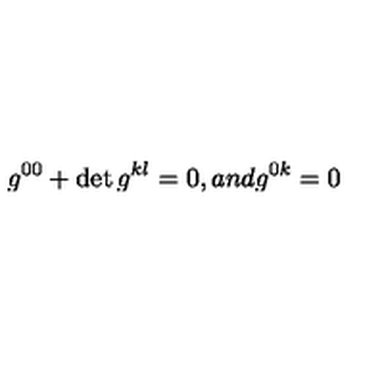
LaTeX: g ^ { 0 0 } + \det g ^ { k l } = 0 , a n d g ^ { 0 k } = 0